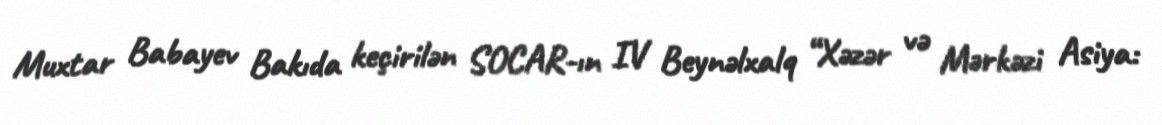
Muxtar Babayev Bakıda keçirilən SOCAR-ın IV Beynəlxalq “Xəzər və Mərkəzi Asiya: